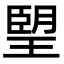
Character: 朢